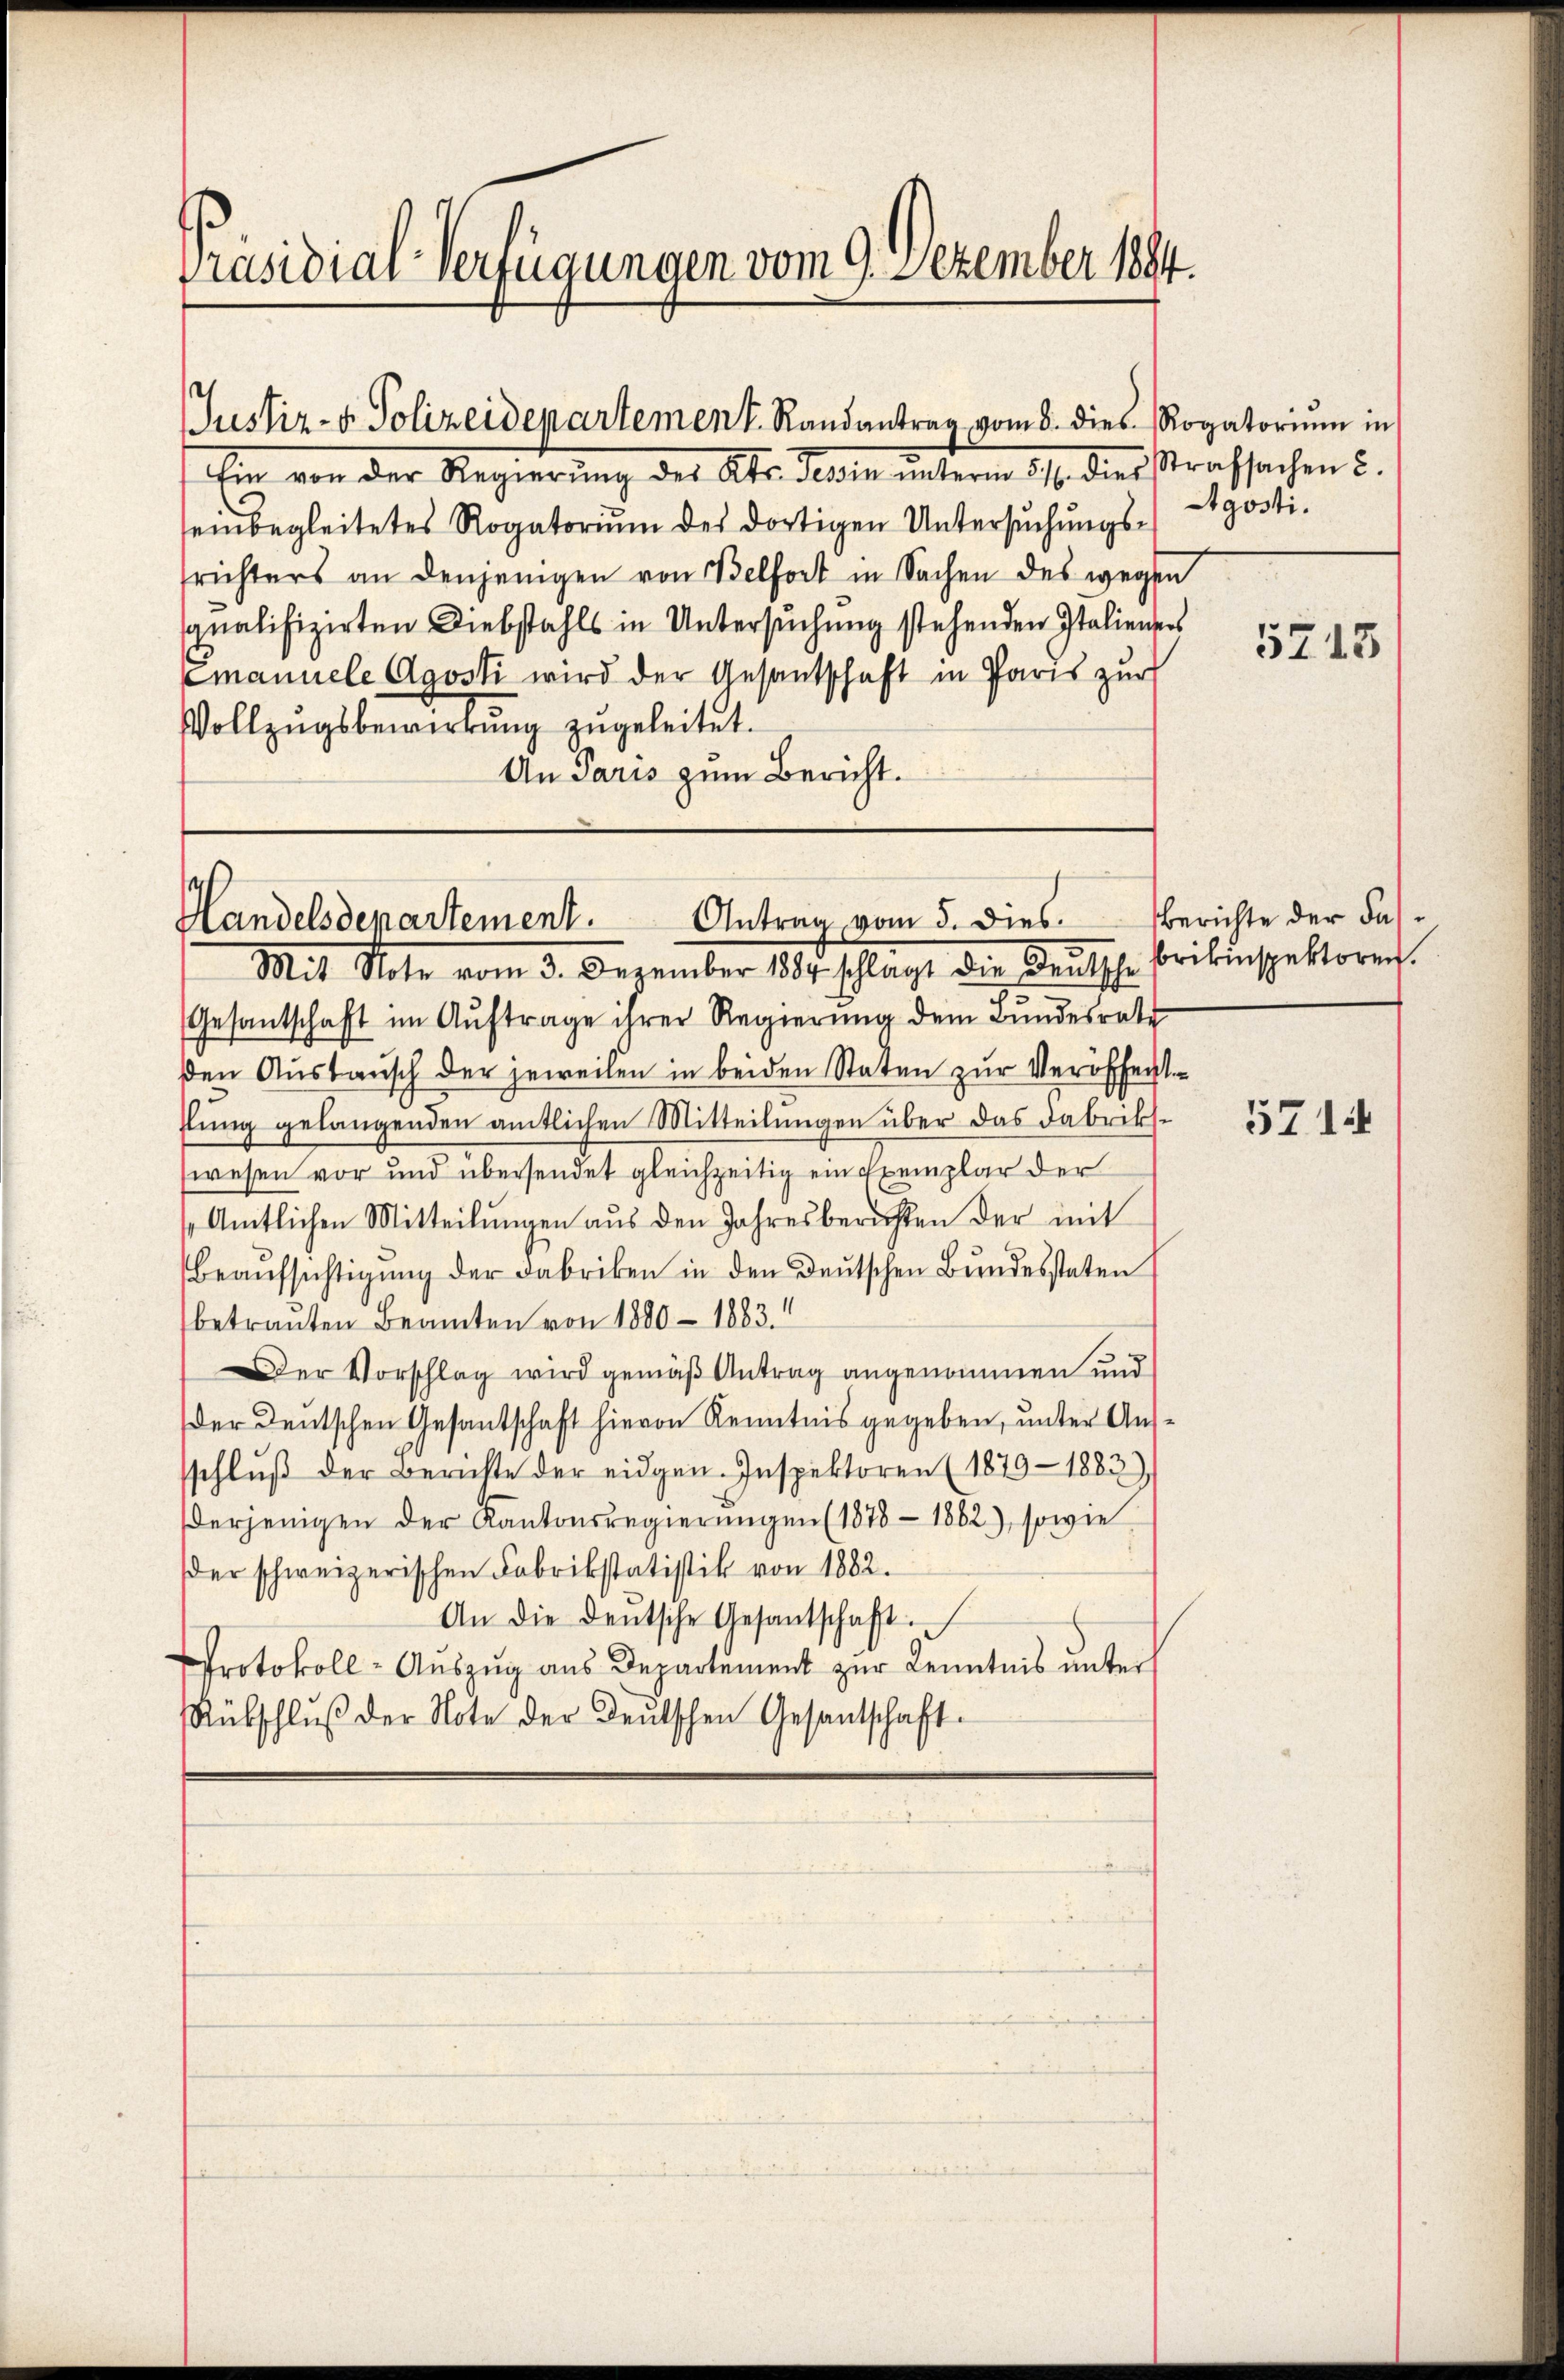
Präsidial-Verfügungen vom 9. Dezember 1884.

Justiz- & Polizeidepartement. Randantrag vom 8. dies Rogatorium in

Ein von der Regierung des Kts. Teßin unterm 21. dies strafsachen 5.
seinbegleitetes Rogatorium des dortigen Untersuchungsfrichters an denjenigen von Belfort in Sachen des wegen
squalifizirten Diebstahls in Untersŭchŭng stehenden Italientens
Emanuele Agosti wird der Gesantschaft in Paris zur
Vollzugsbewirkung zugeleitet.
An Paris zum Bericht.

Antrag vom 5. dies
Handelsdepartement.

Mit Note vom 3. Dezember 184 schlagt die Deutsche Brikinspektoren.
Gesantschaft im Auftrage ihrer Regierung dem Bundesrate
den Austausch der jeweilen in beiden Staten zur Veröffentslung gelangenden amtlichen Mitteilungen über das dabrikswesen vor und übersendet gleichzeitig ein Exemplar der
Amtlichen Mitteilŭngen aus den Jahresberichten der mit
Beaŭfsichtigŭng der Fabriken in den deŭtschen Bŭndesstaten
betrauten Beamten von 1880 - 1883.
Der Vorschlag wird gemäß Antrag angenommen und
Der Deutschen Gesantschaft hievon Kenntnis gegeben, unter Aussschlŭβ der Berichte der eidgen. Inspektoren (1879 - 1883
derjenigen der Kantonsregierŭngen (1878 - 1882), sowie
der schweizerischen Fabrikstatistik von 1882.
An die deŭtsche Gesantschaft.
Protokoll- Auszug aus Departement zur Kenntnis unter
Rütschlŭβ der Note der Deutschen Gesandtschaft

Agosti.

5213

Berichte der Fas¬

5714